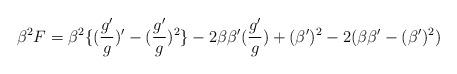
LaTeX: \begin{align*} \beta^{2}F=\beta^{2}\{(\frac{g'}{g})'-(\frac{g'}{g})^{2}\}-2\beta\beta'(\frac{g'}{g})+(\beta')^{2}-2(\beta\beta'-(\beta')^{2})\end{align*}